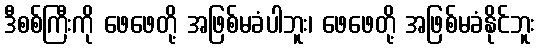
ဒီစစ်ကြီးကို ဖေဖေတို့ အဖြစ်မခံပါဘူး၊ ဖေဖေတို့ အဖြစ်မခံနိုင်ဘူး